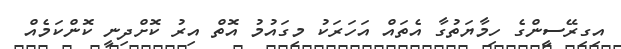
އިގިރޭސީންގެ ހިމާޔަތުގާ އެތައް އަހަރަކު މިގައުމު އޮތް އިރު ކޮށްދިނީ ކޮންކަމެއް